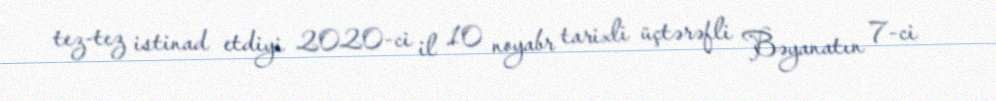
tez-tez istinad etdiyi 2020-ci il 10 noyabr tarixli üçtərəfli Bəyanatın 7-ci